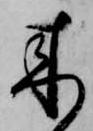
来